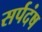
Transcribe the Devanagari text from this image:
सर्पदंष